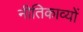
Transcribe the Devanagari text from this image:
नीतिकाव्यों